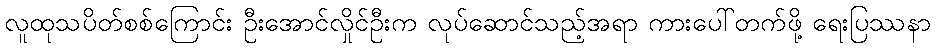
လူထုသပိတ်စစ်ကြောင်း ဦးအောင်လှိုင်ဦးက လုပ်ဆောင်သည့်အရာ ကားပေါ်တက်ဖို့ ရေးပြဿနာ